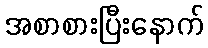
အစာစားပြီးနောက်